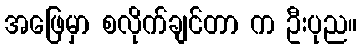
အဖြေမှာ စလိုက်ချင်တာ က ဦးပုည။